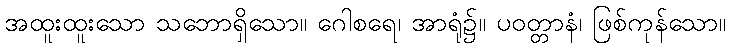
အထူးထူးသော သဘောရှိသော။ ဂေါစရေ၊ အာရုံ၌။ ပဝတ္တာနံ၊ ဖြစ်ကုန်သော။